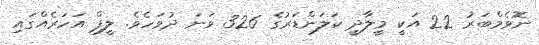
ނޮވެމްބަރު 22 އަކީ މީލާދީ ކަލަންޑަރުގެ 326 ވަނަ ދުވަހެވެ. ލީޕް އަހަރެއްގައި